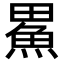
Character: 𪽟